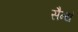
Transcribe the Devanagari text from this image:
सैन्यं